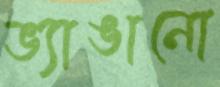
ভ্যাঙানো